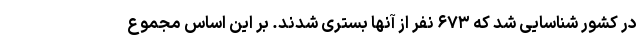
در کشور شناسایی شد که ۶۷۳ نفر از آنها بستری شدند. بر این اساس مجموع